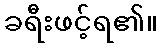
ခရီးဖင့်ရ၏။